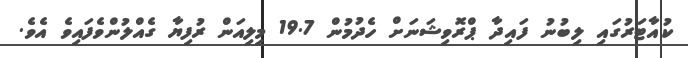
ކުއާޓަރުގައި ލިބުނު ފައިދާ ޕްރޮވިޝަނަށް ހެދުމުން 19.7 މިލިއަން ރުފިޔާ ގެއްލުންވެފައިވެ އެވެ.